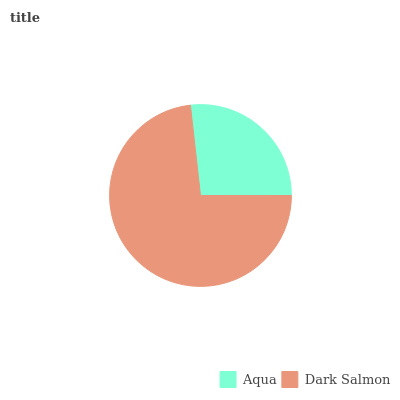
| Aqua | Dark Salmon |
 | --- | --- |
 | 26.8% | 73.2% |